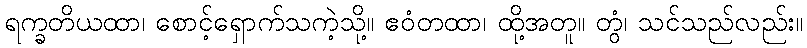
ရက္ခတိယထာ၊ စောင့်ရှောက်သကဲ့သို့။ ဧဝံတထာ၊ ထို့အတူ။ တွံ၊ သင်သည်လည်း။